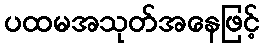
ပထမအသုတ်အနေဖြင့်